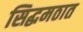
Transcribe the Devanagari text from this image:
सिद्धमठात